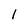
Character: l